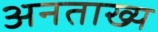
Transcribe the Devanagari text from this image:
अनताख्य